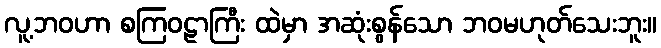
လူ့ဘဝဟာ စကြဝဠာကြီး ထဲမှာ အဆုံးစွန်သော ဘဝမဟုတ်သေးဘူး။